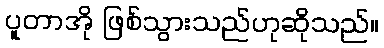
ပူတာအို ဖြစ်သွားသည်ဟုဆိုသည်။